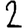
Digit: 2